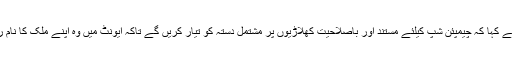
سید اظہر علی شاہ نے کہا کہ چیمپئن شپ کیلئے مستند اور باصلاحیت کھلاڑیوں پر مشتمل دستہ کو تیار کریں گے تاکہ ایونٹ میں وہ اپنے ملک کا نام روشن کرسکیں گے۔